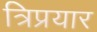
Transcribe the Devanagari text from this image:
त्रिप्रयार